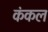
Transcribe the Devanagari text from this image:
कंकल